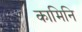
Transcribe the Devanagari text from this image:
कामिनि